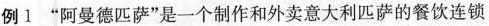
例1”阿曼德匹萨”是一个制作和外卖意大利匹萨的餐饮连锁